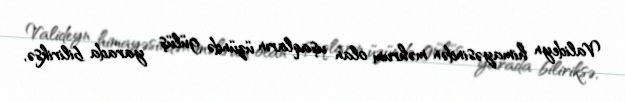
Valideyn himayəsindən məhrum olan uşaqların üzündə gülüş yarada biliriksə,